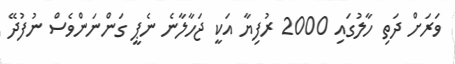
ވަރަށް ދަތި ހާލުގައި 2000 ރުފިޔާ އަކީ ޖަހާލާނެ ނެޕީ ގަންނަންވެސް ނުފުދޭ